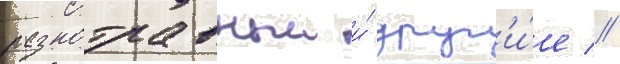
разнотравныи и́ друг'и́е //